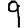
Digit: 9